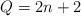
LaTeX: \begin{align*}Q=2n+2\end{align*}